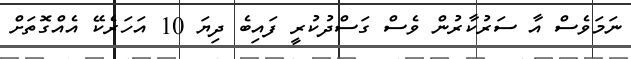
ނަމަވެސް އާ ސަރުކާރުން ވެސް ގަސްދުކުރީ ފައިބެ ދިޔަ 10 އަހަރެކޭ އެއްގޮތަށް